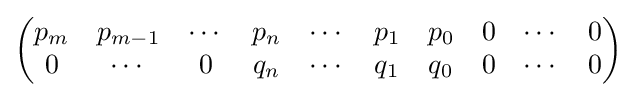
{\begin{pmatrix}p_{m}&p_{m-1}&\cdots &p_{n}&\cdots &p_{1}&p_{0}&0&\cdots &0\\0&\cdots &0&q_{n}&\cdots &q_{1}&q_{0}&0&\cdots &0\end{pmatrix}}